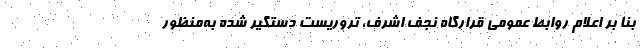
بنا بر اعلام روابط عمومی قرارگاه نجف اشرف، تروریست دستگیر شده به‌منظور